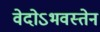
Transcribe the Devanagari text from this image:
वेदोऽभवस्तेन